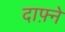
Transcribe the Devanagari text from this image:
दाफ़्ने